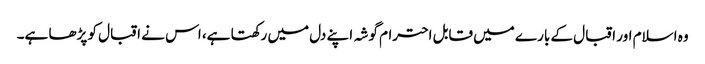
وہ اسلام اور اقبال کے بارے میں قابل احترام گوشہ اپنے دل میں رکھتا ہے، اس نے اقبال کو پڑھا ہے۔